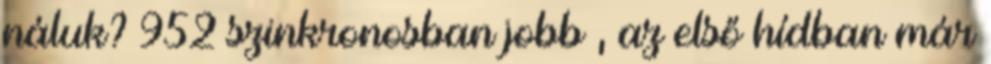
náluk? 952 szinkronosban jobb , az első hídban már